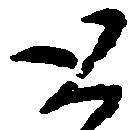
と